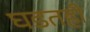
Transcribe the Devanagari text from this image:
घडतही